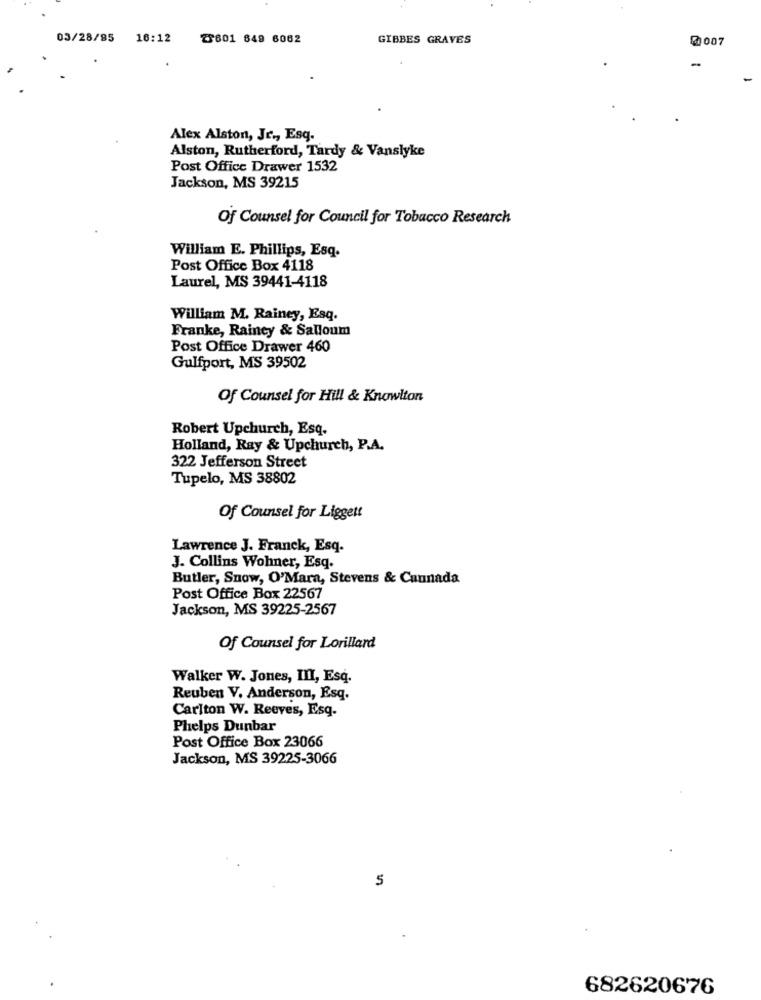
03/28/85
16:12
2601 849 6062
GIBBES GRAVES
@0007
Alex Alston, Jr ., Esq.
Alston, Rutherford, Tardy & Vanslyke
Post Office Drawer 1532
Jackson, MS 39215
Of Counsel for Council for Tobacco Research
William E. Phillips, Esq.
Post Office Box 4118
Laurel, MS 39441-4118
William M. Rainey, Esq.
Franke, Raincy & Salloum
Post Office Drawer 460
Gulfport, MS 39502
Of Counsel for Hill & Knowlton
Robert Upchurch, Esq.
Holland, Ray & Upchurch, P.A.
322 Jefferson Street
Tupelo, MS 38802
Of Counsel for Liggett
Lawrence J. Franck, Esq.
J. Collins Wohner, Esq.
Butler, Snow, O'Mara, Stevens & Cunnada
Post Office Box 22567
Jackson, MS 39225-2567
Of Counsel for Lorillard
Walker W. Jones, III, Esq.
Reuben V. Anderson, Esq.
Carlton W. Reeves, Esq.
Phelps Dunbar
Post Office Box 23066
Jackson, MS 39225-3066
5
682620676